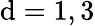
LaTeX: \mathrm{d}=1,3